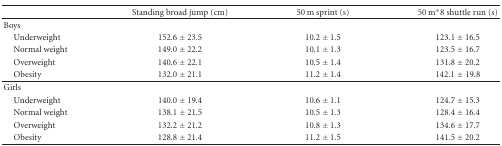
<table><thead><tr><td></td><td><b>Standing broad jump (cm)</b></td><td><b>50 m sprint (s)</b></td><td><b>50 m*8 shuttle run (s)</b></td></tr></thead><tbody><tr><td>Boys</td><td></td><td></td><td></td></tr><tr><td> Underweight</td><td>152.6 ± 23.5</td><td>10.2 ± 1.5</td><td>123.1 ± 16.5</td></tr><tr><td> Normal weight</td><td>149.0 ± 22.2</td><td>10.1 ± 1.3</td><td>123.5 ± 16.7</td></tr><tr><td> Overweight</td><td>140.6 ± 22.1</td><td>10.5 ± 1.4</td><td>131.8 ± 20.2</td></tr><tr><td> Obesity</td><td>132.0 ± 21.1</td><td>11.2 ± 1.4</td><td>142.1 ± 19.8</td></tr><tr><td>Girls</td><td></td><td></td><td></td></tr><tr><td> Underweight</td><td>140.0 ± 19.4</td><td>10.6 ± 1.1</td><td>124.7 ± 15.3</td></tr><tr><td> Normal weight</td><td>138.1 ± 21.5</td><td>10.5 ± 1.3</td><td>128.4 ± 16.4</td></tr><tr><td> Overweight</td><td>132.2 ± 21.2</td><td>10.8 ± 1.3</td><td>134.6 ± 17.7</td></tr><tr><td> Obesity</td><td>128.8 ± 21.4</td><td>11.2 ± 1.5</td><td>141.5 ± 20.2</td></tr></tbody></table>